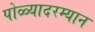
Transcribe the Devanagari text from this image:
पोळ्यादरम्यान